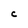
Character: C